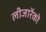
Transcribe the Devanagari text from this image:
लीजारेंको